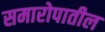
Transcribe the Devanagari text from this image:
समारोपातील